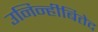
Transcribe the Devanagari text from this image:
उनिन्हीबितेद